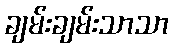
ချမ်းချမ်းသာသာ